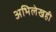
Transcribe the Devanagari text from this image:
अभिलेखही